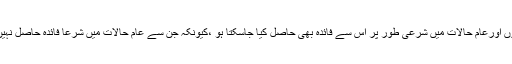
الغرض ثمن ( قیمت ) مثمن ( سامان ) دونوں شرعی اعتبار سے پاک اورحلال ہوں اورعام حالات میں شرعی طور پر اُس سے فائدہ بھی حاصل کیا جاسکتا ہو ،کیونکہ جن سے عام حالات میں شرعاً فائدہ حاصل نہیں کیاجاسکتا اُن کی خرید و فروخت ہر حال میں حرام ہے ، جیسے شراب وغیرہ۔